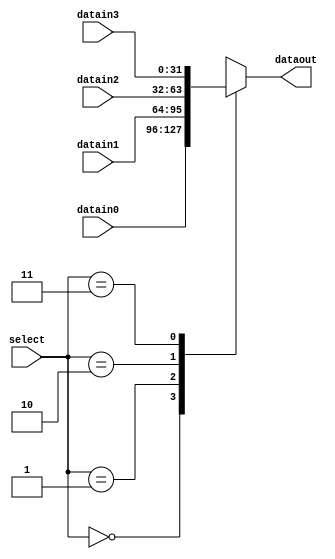
//4-1
module Mux_4_32 (select, datain0, datain1, datain2, datain3, dataout);
    input [1:0] select;
    input [31:0] datain0, datain1, datain2, datain3;
    output reg [31:0] dataout;

    always @(*) begin
        case (select)
            0: dataout <= datain0;
            1: dataout <= datain1;
            2: dataout <= datain2;
            3: dataout <= datain3;
        endcase
    end
endmodule